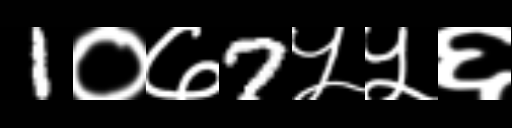
Text: 1०७7५५६